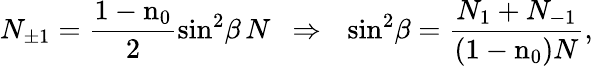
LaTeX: N_{\pm 1}=\frac{1-\textrm{n}_{0}}{2}\sin^{2}\! \beta\, N~~\Rightarrow~~\sin^{2}\! \beta=\frac{N_{1}+N_{-1}}{(1-\textrm{n}_{0})N},